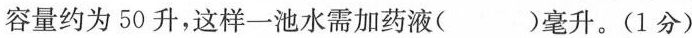
容量约为50升，这样一池水需加药液( )毫升。(1分)